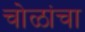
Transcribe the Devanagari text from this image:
चोळांचा